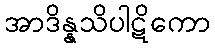
အာဒိန္နသိပါဋိကော